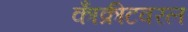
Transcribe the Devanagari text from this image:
काँक्रीटवरल